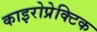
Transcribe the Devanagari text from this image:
काइरोप्रेक्टिक